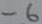
Text: -6